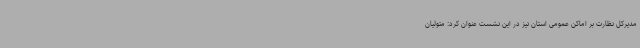
مدیرکل نظارت بر اماکن عمومی استان نیز در این نشست عنوان کرد: متولیان